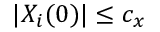
| X _ { i } ( 0 ) | \le c _ { x }